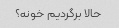
حالا برگردیم خونه؟